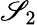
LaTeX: \mathscr{S}_{2}